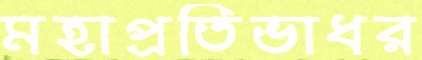
মহাপ্রতিভাধর